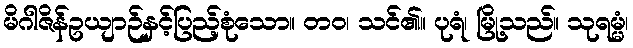
မိဂါဇိန်ဥယျာဉ်နှင့်ပြည့်စုံသော။ တဝ၊ သင်၏။ ပုရံ၊ မြို့သည်။ သုရမ္မံ၊